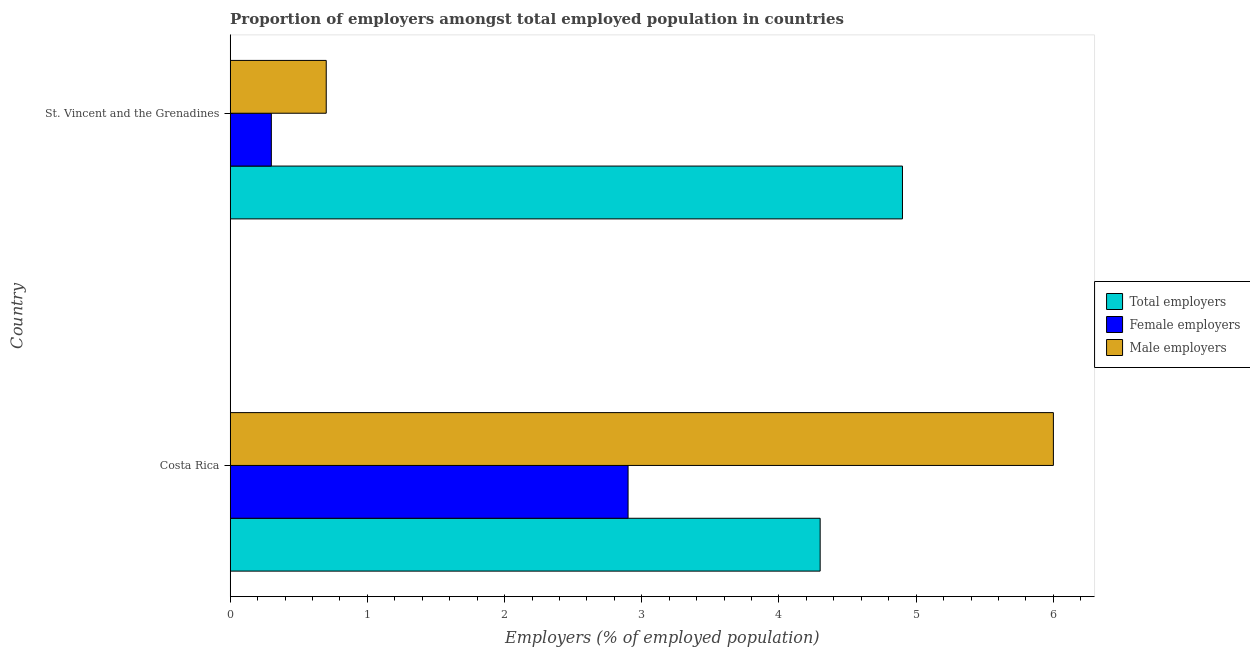
| Country | Total employers | Female employers | Male employers |
 | --- | --- | --- | --- |
 | Costa Rica | 4.3 | 2.9 | 6 |
 | St. Vincent and the Grenadines | 4.9 | 0.3 | 0.7 |